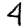
Digit: 4